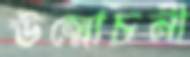
উন্মোচনী